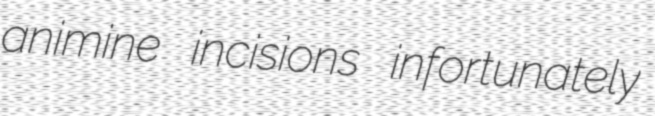
animine incisions infortunately